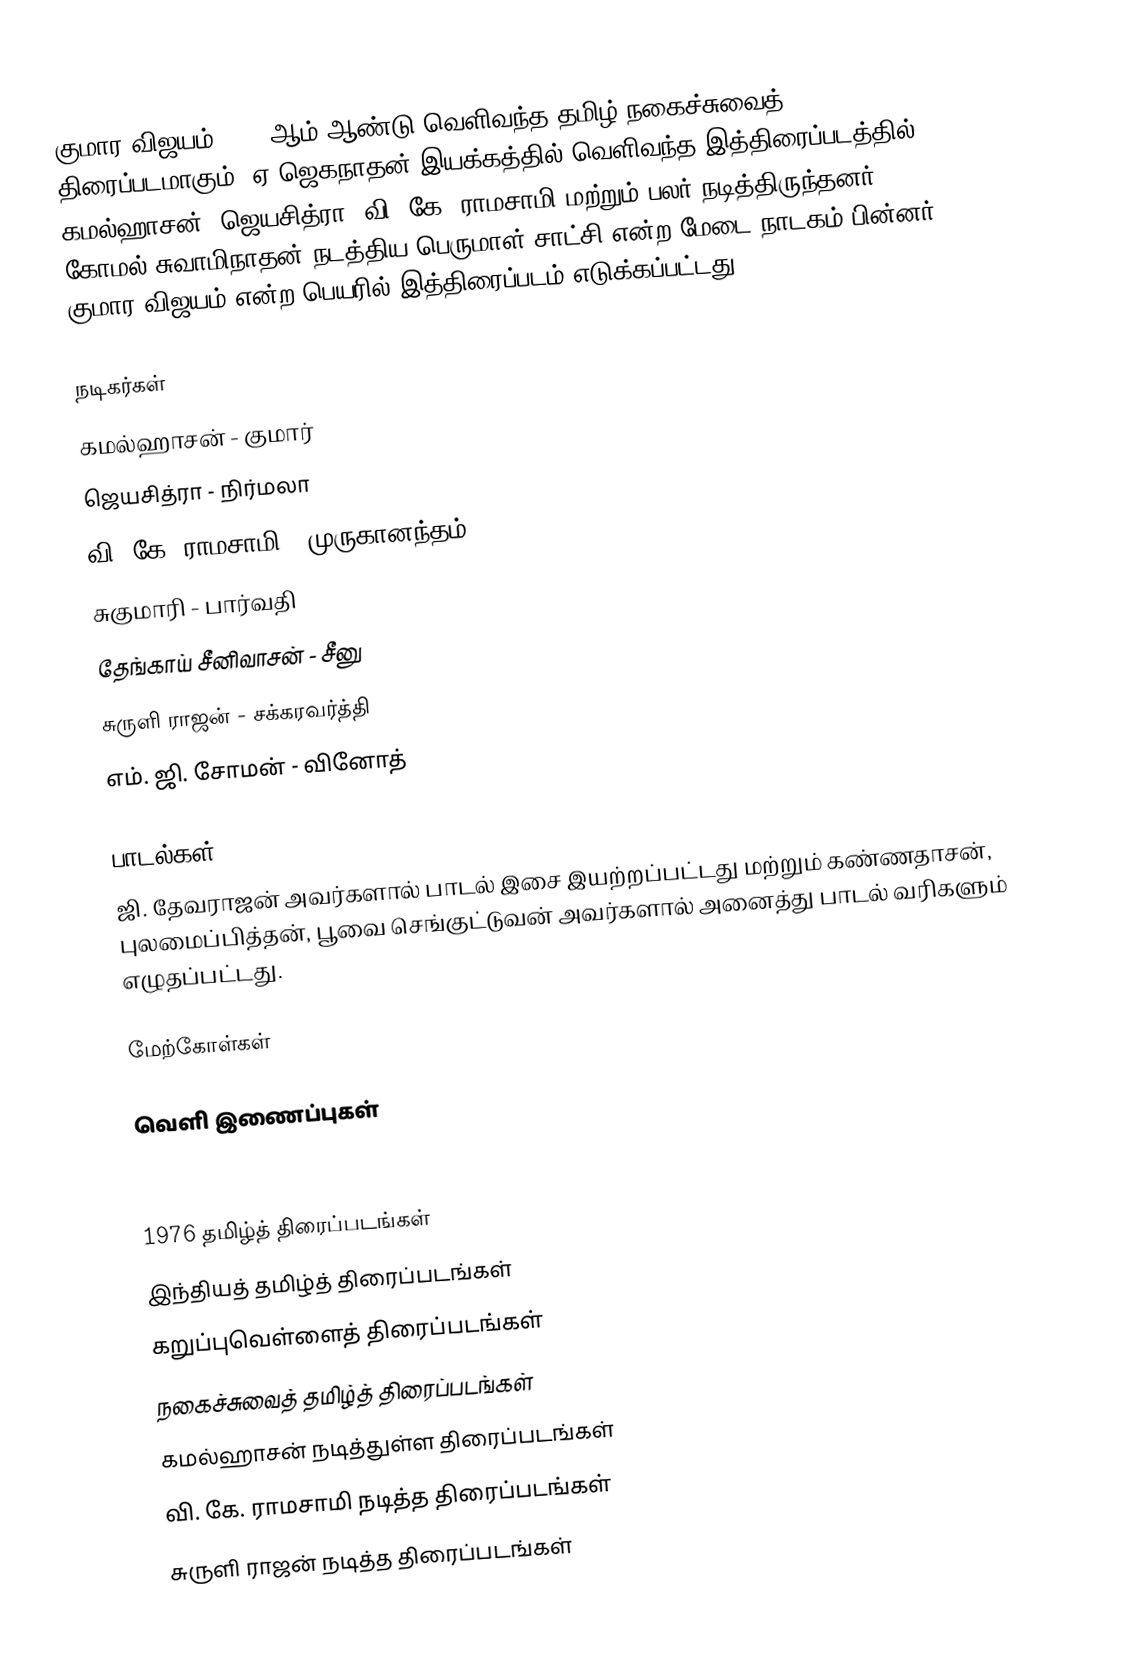
குமார விஜயம் 1976 ஆம் ஆண்டு வெளிவந்த தமிழ் நகைச்சுவைத் திரைப்படமாகும். ஏ.ஜெகநாதன் இயக்கத்தில் வெளிவந்த இத்திரைப்படத்தில் கமல்ஹாசன், ஜெயசித்ரா, வி. கே. ராமசாமி மற்றும் பலர் நடித்திருந்தனர். கோமல் சுவாமிநாதன் நடத்திய பெருமாள் சாட்சி என்ற மேடை நாடகம் பின்னர் குமார விஜயம் என்ற பெயரில் இத்திரைப்படம் எடுக்கப்பட்டது.

நடிகர்கள்
கமல்ஹாசன் - குமார்
ஜெயசித்ரா - நிர்மலா
வி. கே. ராமசாமி - முருகானந்தம்
சுகுமாரி - பார்வதி
தேங்காய் சீனிவாசன் - சீனு
சுருளி ராஜன் - சக்கரவர்த்தி
 எம். ஜி. சோமன் - வினோத்

பாடல்கள்
ஜி. தேவராஜன் அவர்களால் பாடல் இசை இயற்றப்பட்டது மற்றும்  கண்ணதாசன், புலமைப்பித்தன், பூவை செங்குட்டுவன் அவர்களால் அனைத்து பாடல் வரிகளும் எழுதப்பட்டது.

மேற்கோள்கள்

வெளி இணைப்புகள்

1976 தமிழ்த் திரைப்படங்கள்
இந்தியத் தமிழ்த் திரைப்படங்கள்
கறுப்புவெள்ளைத் திரைப்படங்கள்
நகைச்சுவைத் தமிழ்த் திரைப்படங்கள்
கமல்ஹாசன் நடித்துள்ள திரைப்படங்கள்
வி. கே. ராமசாமி நடித்த திரைப்படங்கள்
சுருளி ராஜன் நடித்த திரைப்படங்கள்